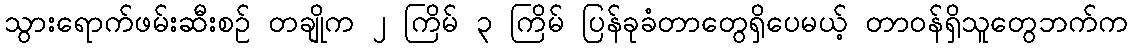
သွားရောက်ဖမ်းဆီးစဉ် တချိုက ၂ ကြိမ် ၃ ကြိမ် ပြန်ခုခံတာတွေရှိပေမယ့် တာဝန်ရှိသူတွေဘက်က